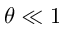
\theta \ll 1